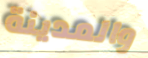
والمدينة